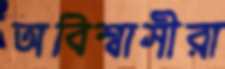
অবিশ্বাসীরা